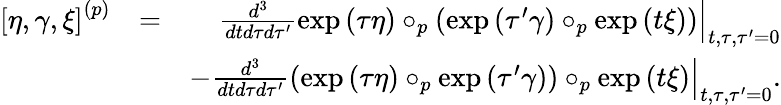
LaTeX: \begin{array}{rlr}{\left[\eta,\gamma,\xi\right]^{\left(p\right)}}&{=}&{\left.\frac{d^{3}}{dtd\tau d\tau^{\prime}}\exp\left(\tau\eta\right)\circ_{p}\left(\exp\left(\tau^{\prime}\gamma\right)\circ_{p}\exp\left(t\xi\right)\right)\right\vert_{t,\tau,\tau^{\prime}=0}}\\ &{}&{-\left.\frac{d^{3}}{dtd\tau d\tau^{\prime}}\left(\exp\left(\tau\eta\right)\circ_{p}\exp\left(\tau^{\prime}\gamma\right)\right)\circ_{p}\exp\left(t\xi\right)\right\vert_{t,\tau,\tau^{\prime}=0}.}\end{array}